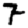
Digit: 7